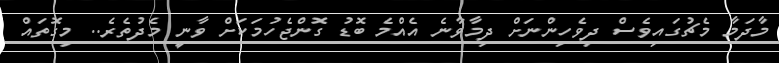
މާދަމާ މެޗުގައިވެސް ދިވެހިންނަށް ދިމާވާނެ އެއްމެ ބޮޑު ގޮންޖެހުމަކަށް ވާނީ މެދުތެރެ.. މިގޮތައް